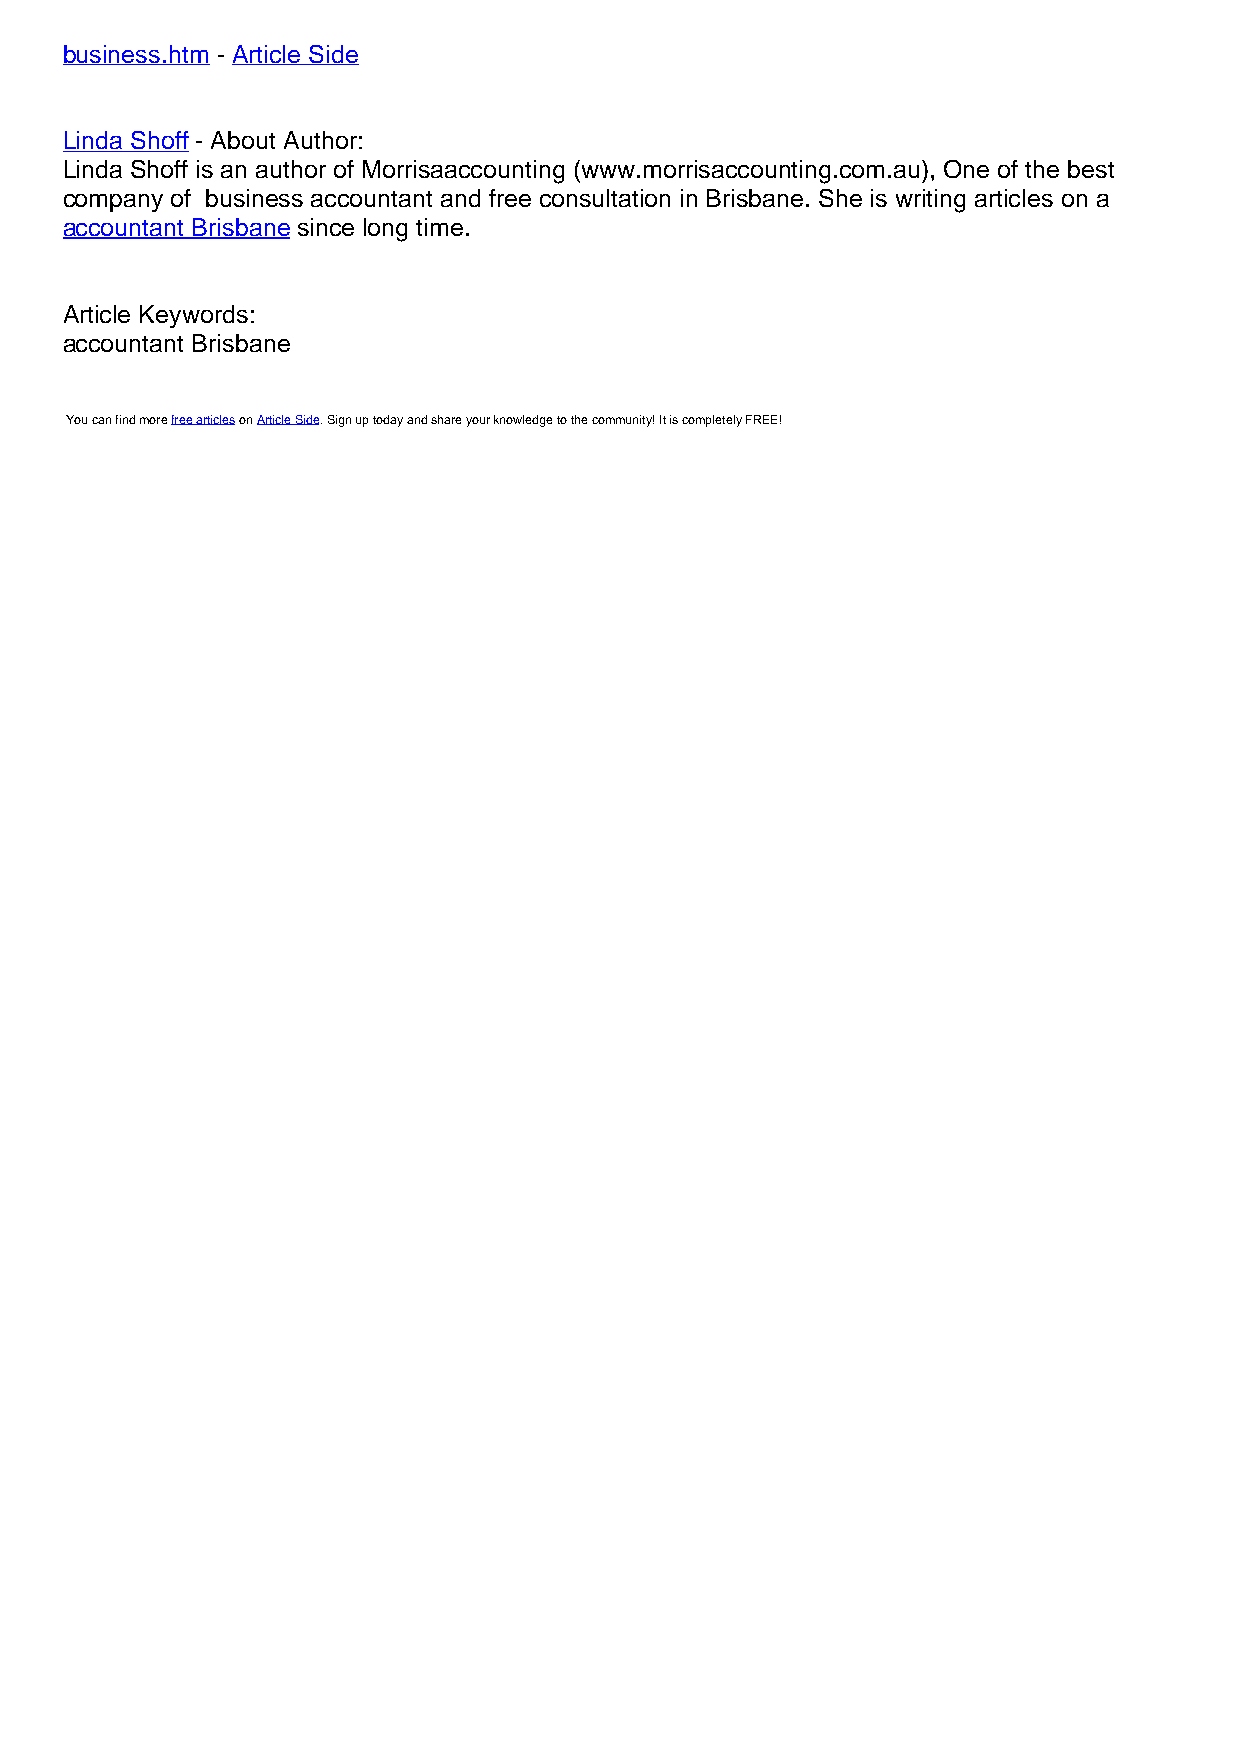
business.htm - Article Side
 Linda Shoff - About Author:
 Linda Shoff is an author of Morrisaaccounting (www.morrisaccounting.com.au), One of the best
 company of business accountant and free consultation in Brisbane. She is writing articles on a
 accountant Brisbane since long time.
 Article Keywords:
 accountant Brisbane
 You can find more free articles on Article Side. Sign up today and share your knowledge to the community! It is completely FREE!